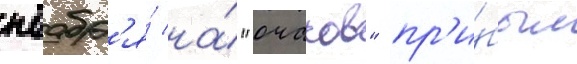
ноабр'я́ на́ "очаков" пр'и́был